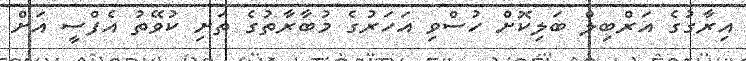
އިރާގުގެ އަރްބިލް ބަލިކޮށް ހުސްވި އަހަރުގެ މުބާރާތުގެ ތަށި ކުވޭތު އެފްސީ އަށް